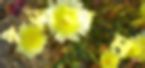
পড়াতাম